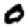
Digit: 0